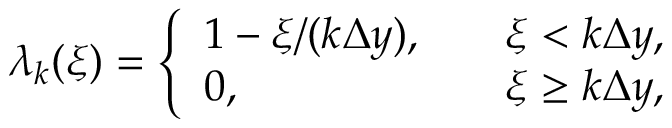
\lambda _ { k } ( \xi ) = \left\{ \begin{array} { l l } { 1 - \xi / ( k \Delta y ) , \quad } & { \xi < k \Delta y , } \\ { 0 , \quad } & { \xi \geq k \Delta y , } \end{array} \right.